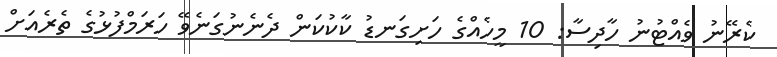
ކެރޭނު ވެއްޓުނު ހާދިސާ: 10 މީހެއްގެ ހަށިގަނޑު ކާކުކަން ދެނެނުގަނެވޭ ހަރަމްފުޅުގެ ތެރެއަށް